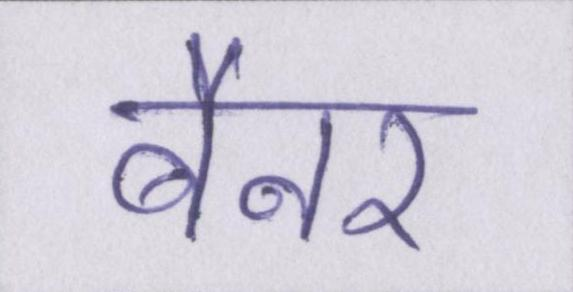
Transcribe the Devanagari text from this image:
बैनर